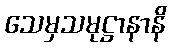
သေမှသမုဋ္ဌာနာနိ